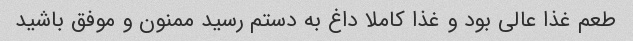
طعم غذا عالی بود و غذا کاملا داغ به دستم رسید ممنون و موفق باشید